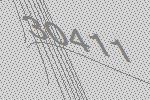
30411